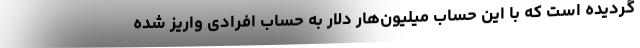
گردیده است که با این حساب میلیون‌هار دلار به حساب افرادی واریز شده